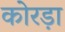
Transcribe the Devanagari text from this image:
कोरड़ा